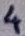
Text: 4